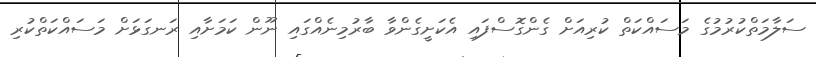
ސަލާމަތްކުރުމުގެ މަސައްކަތް ކުރިއަށް ގެންގޮސްފައި އެކަށީގެންވާ ބާރުމިނެއްގައި ނޫން ކަމަށާއި ރަނގަޅަށް މަސައްކަތްކުރި